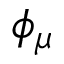
\phi _ { \mu }